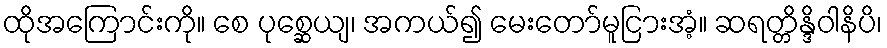
ထိုအကြောင်းကို။ စေ ပုစ္ဆေယျ၊ အကယ်၍ မေးတော်မူငြားအံ့။ ဆရတ္တိန္ဒိဝါနိပိ၊